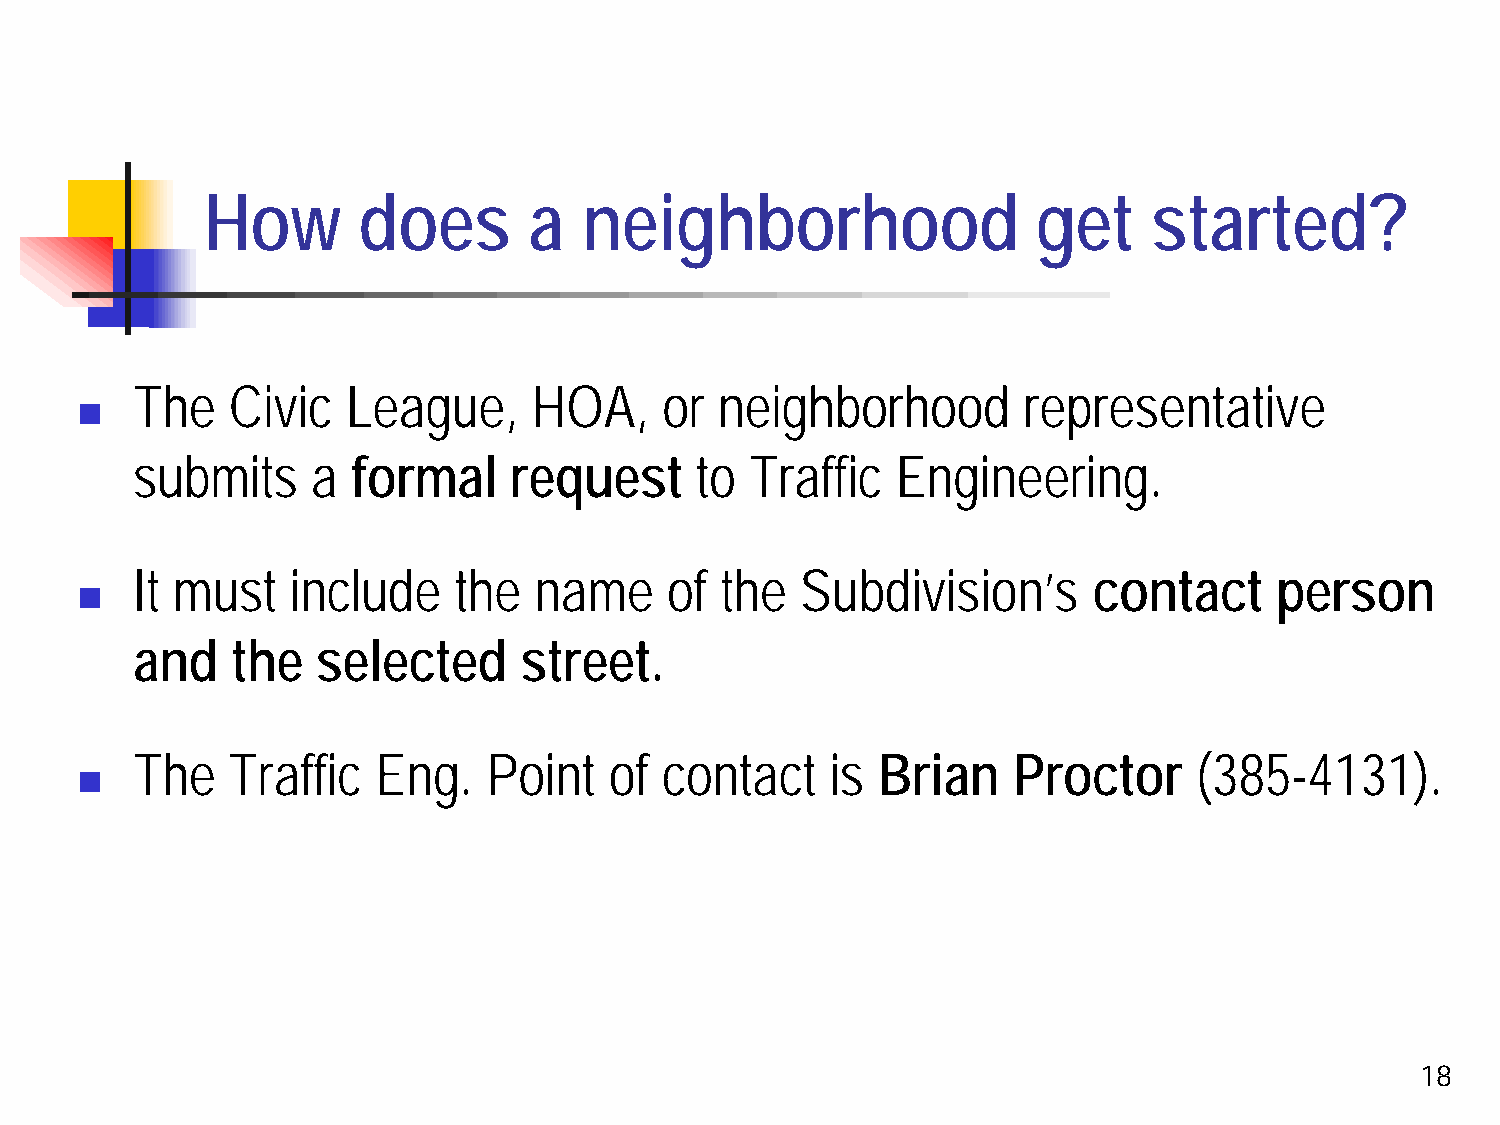
How        does       a   neighborhood                  get    started?
 The   Civic   League,     HOA,     or  neighborhood        representative
 
 submits     a formal     request     to  Traffic  Engineering.
 It must   include    the  name     of  the  Subdivision’s      contact     person
 
 and   the   selected     street.
 The   Traffic   Eng.   Point   of  contact    is Brian    Proctor     (385-4131).
 
 18